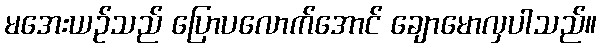
မအေးယဉ်သည် ပြောပလောက်အောင် ချောမောလှပါသည်။